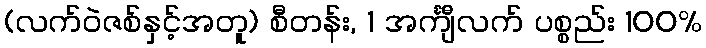
(လက်ဝဲဇစ်နှင့်အတူ) စီတန်း, 1 အင်္ကျီလက် ပစ္စည်း 100%